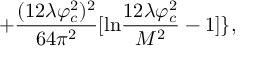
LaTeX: + \frac { ( 1 2 \lambda \varphi _ { c } ^ { 2 } ) ^ { 2 } } { 6 4 \pi ^ { 2 } } [ \mathrm { l n } \frac { 1 2 \lambda \varphi _ { c } ^ { 2 } } { M ^ { 2 } } - 1 ] \} ,